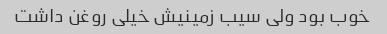
خوب بود ولی سیب زمینیش خیلی روغن داشت